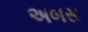
અબસ